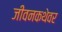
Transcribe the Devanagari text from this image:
जीवनकथेवर